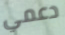
دعمي